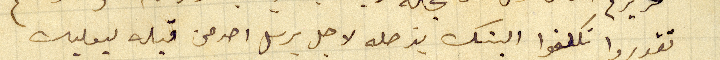
تقدروا تكلفوا البنك بزحله لاجل يرسل احد من قبله لبعلبك